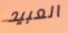
العبيد